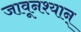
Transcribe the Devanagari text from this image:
जावूनश्यान्